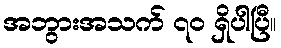
အဘွားအသက် ၇၀ ရှိပါပြီ။